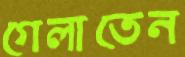
গেলাতেন